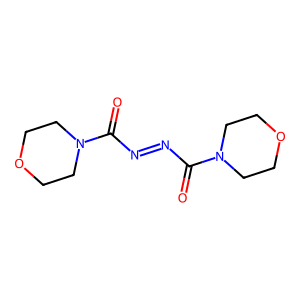
SMILES: O=C(N=NC(=O)N1CCOCC1)N1CCOCC1
Inhibits HIV replication: Yes